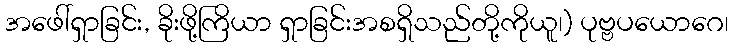
အဖေါ်ရှာခြင်း, ခိုးဖို့ကြိယာ ရှာခြင်းအစရှိသည်တို့ကိုယူ၊) ပုဗ္ဗပယောဂေ၊